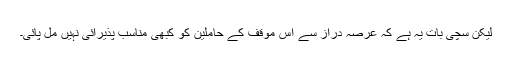
لیکن سچی بات یہ ہے کہ عرصۂ دراز سے اِس مؤقف کے حاملین کو کبھی مناسب پذیرائی نہیں مل پائی۔